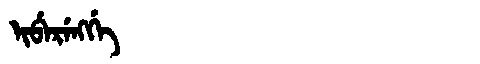
Manchu: ᡳᠪᡝᡵᡝᠩᡤᡝ
Romanization: IBERENGGE